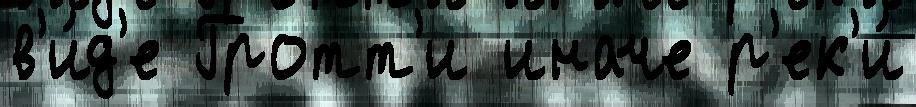
в'и́д'е Гротт'и иначе р'ек'и́